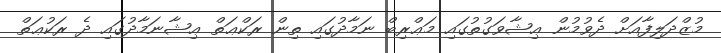
މުޒްދަލިފާއަށް ދެވުމުން ޢިޝާވަގުތުގައި މަޢްރިބް ނަމާދުގައި ތިން ރަކްޢަތް ޢިޝާނަމާދުގައި ދެ ރަކުޢަތް